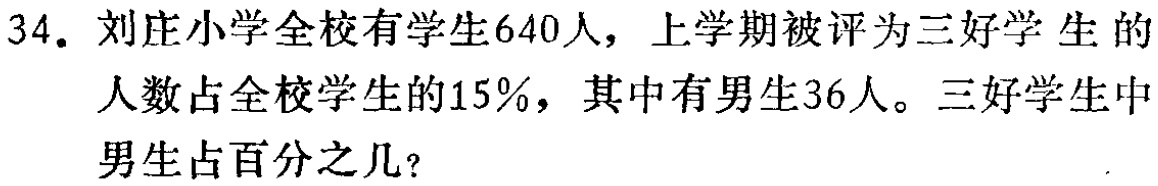
34. 刘庄小学全校有学生640人，上学期被评为三好学生的人数占全校学生的15%，其中有男生36人。三好学生中男生占百分之几？